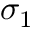
\sigma _ { 1 }